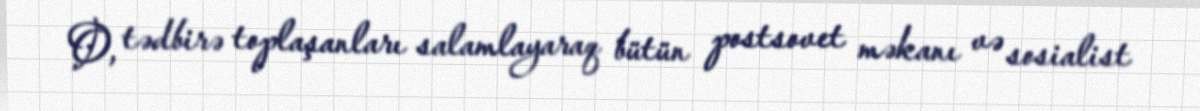
O, tədbirə toplaşanları salamlayaraq bütün postsovet məkanı və sosialist